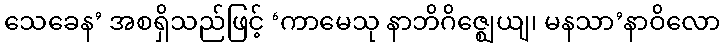
သေခေန’ အစရှိသည်ဖြင့် ‘ကာမေသု နာဘိဂိဇ္ဈေယျ၊ မနသာ’နာဝိလော